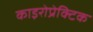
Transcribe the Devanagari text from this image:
काइरोप्रेक्टिक